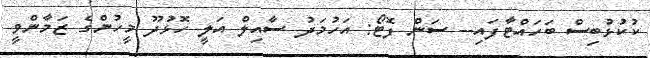
ކުކުޅުބިސް ބަހައްޓާފައި-- ސަން ފޮޓޯ: އަހުމަދު ސާއިލް އަލީ ހޮޅުދޫ މީހުންގެ ޒަމާންވީ